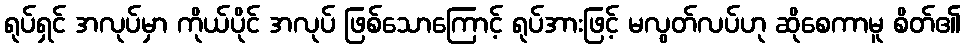
ရုပ်ရှင် အလုပ်မှာ ကိုယ်ပိုင် အလုပ် ဖြစ်သောကြောင့် ရုပ်အားဖြင့် မလွတ်လပ်ဟု ဆိုစေကာမူ စိတ်၏